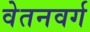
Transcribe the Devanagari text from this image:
वेतनवर्ग